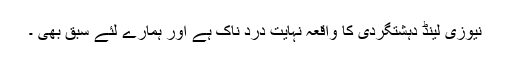
نیوزی لینڈ دہشتگردی کا واقعہ نہایت درد ناک ہے اور ہمارے لئے سبق بھی ۔